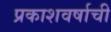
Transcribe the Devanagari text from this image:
प्रकाशवर्षाची